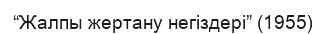
“Жалпы жертану негіздері” (1955)